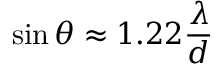
\sin \theta \approx 1 . 2 2 { \frac { \lambda } { d } }